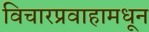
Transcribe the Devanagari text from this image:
विचारप्रवाहामधून